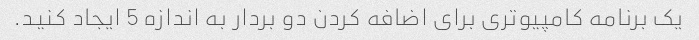
یک برنامه کامپیوتری برای اضافه کردن دو بردار به اندازه 5 ایجاد کنید.